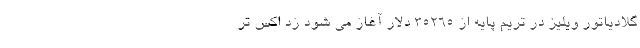
گلادیاتور ویلیز در تریم پایه از 35265 دلار آغاز می شود زد اکس تِر